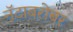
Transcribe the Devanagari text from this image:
नॅटाबरोबर